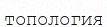
топология